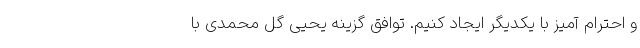
و احترام آمیز با یکدیگر ایجاد کنیم. توافق گزینه یحیی گل محمدی با